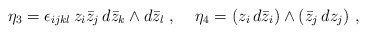
\begin{align*}\eta_3 = \epsilon_{ijkl} \, z_i \bar{z}_j \, d\bar{z}_k \wedge d\bar{z}_l \ , \;\;\;\;\eta_4 = (z_i \, d\bar{z}_i) \wedge (\bar{z}_j \, dz_j) \ , \;\;\;\;\end{align*}